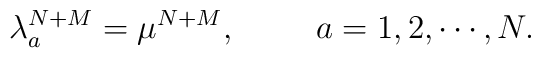
\lambda_a^{N+M}=\mu^{N+M}, \hskip10mm a=1,2,\cdots ,N.